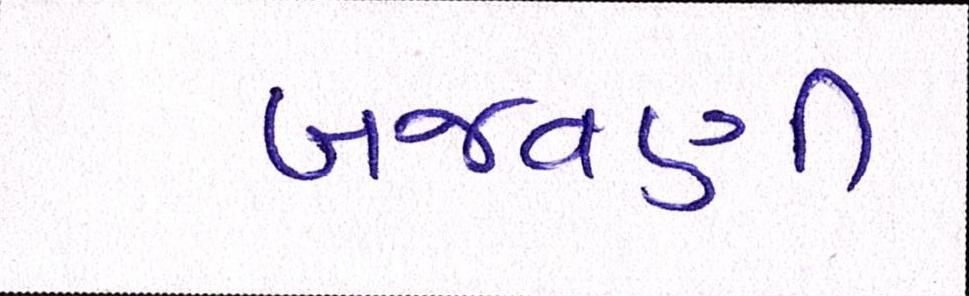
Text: બજવણી